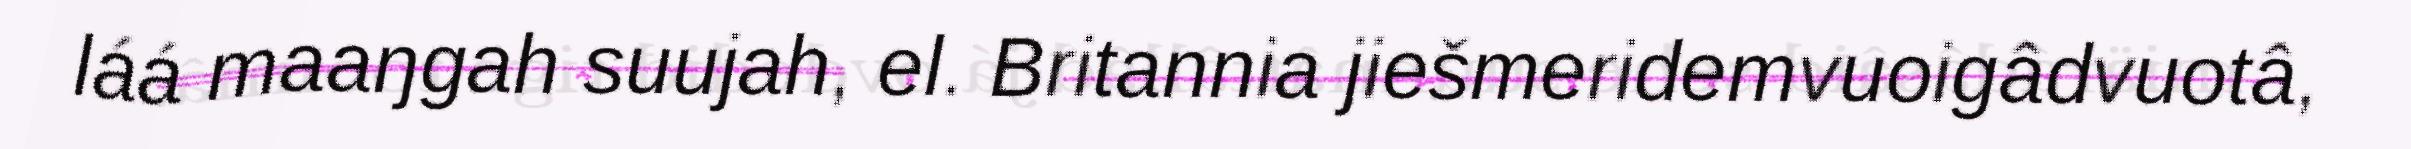
láá maaŋgah suujah, el. Britannia jiešmeridemvuoigâdvuotâ,